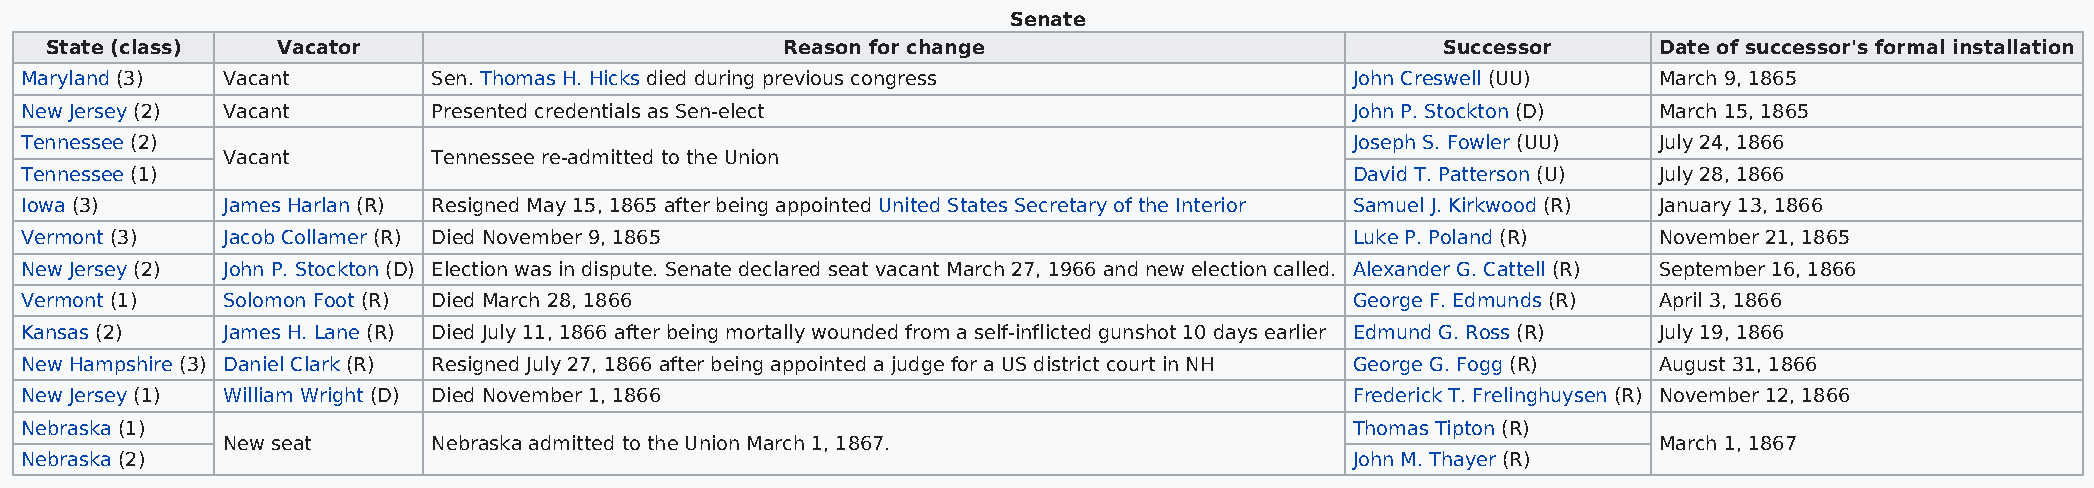
Senate
 State (class)  Vacator                           Reason for change                           Successor     Date of successor's formal installation
 Maryland (3)  Vacant        Sen. Thomas H. Hicks died during previous congress           John Creswell (UU)  March 9, 1865
 New Jersey (2) Vacant       Presented credentials as Sen-elect                           John P. Stockton (D) March 15, 1865
 Tennessee (2)                                                                            Joseph S. Fowler (UU) July 24, 1866
 Vacant        Tennessee re-admitted to the Union
 Tennessee (1)                                                                            David T. Patterson (U) July 28, 1866
 Iowa (3)      James Harlan (R) Resigned May 15, 1865 after being appointed United States Secretary of the Interior Samuel J. Kirkwood (R) January 13, 1866
 Vermont (3)   Jacob Collamer (R) Died November 9, 1865                                   Luke P. Poland (R)  November 21, 1865
 New Jersey (2) John P. Stockton (D) Election was in dispute. Senate declared seat vacant March 27, 1966 and new election called. Alexander G. Cattell (R) September 16, 1866
 Vermont (1)   Solomon Foot (R) Died March 28, 1866                                       George F. Edmunds (R) April 3, 1866
 Kansas (2)    James H. Lane (R) Died July 11, 1866 after being mortally wounded from a self-inflicted gunshot 10 days earlier Edmund G. Ross (R) July 19, 1866
 New Hampshire (3) Daniel Clark (R) Resigned July 27, 1866 after being appointed a judge for a US district court in NH George G. Fogg (R) August 31, 1866
 New Jersey (1) William Wright (D) Died November 1, 1866                                  Frederick T. Frelinghuysen (R) November 12, 1866
 Nebraska (1)                                                                             Thomas Tipton (R)
 New seat      Nebraska admitted to the Union March 1, 1867.                                    March 1, 1867
 Nebraska (2)                                                                             John M. Thayer (R)